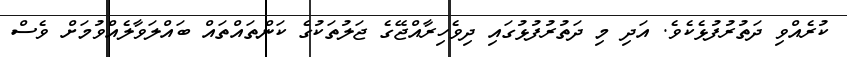
ކުރެއްވި ދަތުރުފުޅެކެވެ. އަދި މި ދަތުރުފުޅުގައި ދިވެހިރާއްޖޭގެ ޖަލުތަކުގެ ކަންތައްތައް ބައްލަވާލެއްވުމަށް ވެސް